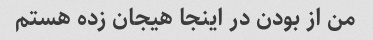
من از بودن در اینجا هیجان زده هستم